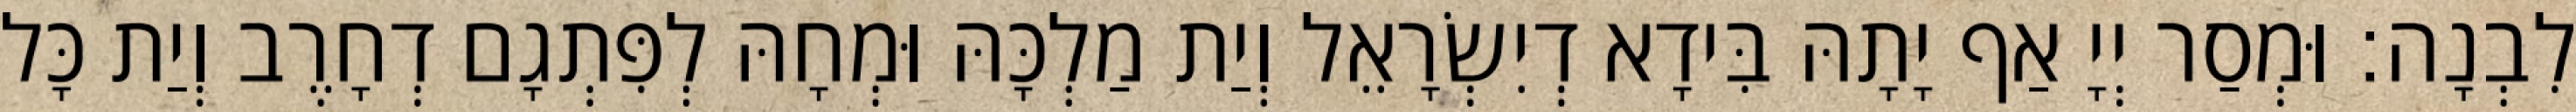
לִבְנָה׃ וּמְסַר יְיָ אַף יָתָהּ בִּידָא דְיִשְׂרָאֵל וְיַת מַלְכָּהּ וּמְחָהּ לְפִּתְגָם דְחָרֶב וְיַת כָּל